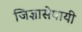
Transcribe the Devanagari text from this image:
जिज्ञासेपायी